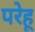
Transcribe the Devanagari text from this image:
परेहू